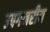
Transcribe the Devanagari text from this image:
उपगनरीय